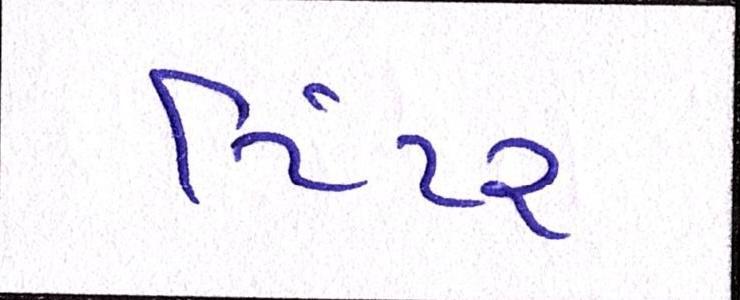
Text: ટિંટર